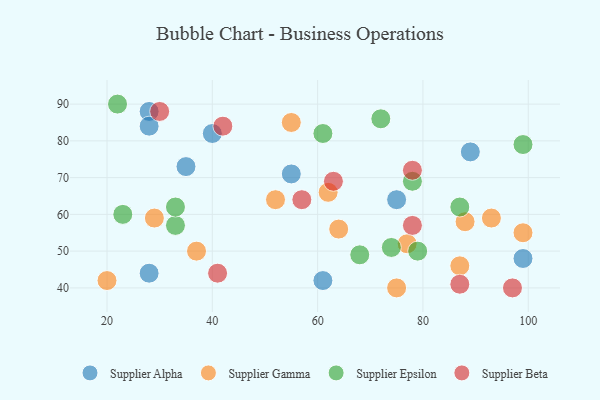
{"axis": {"x": "GDP", "y": "Life Expectancy"}, "legend": ["Supplier Alpha", "Supplier Beta", "Supplier Epsilon", "Supplier Gamma"], "data": [{"x": "99", "y": 48, "type": "Supplier Alpha"}, {"x": "61", "y": 42, "type": "Supplier Alpha"}, {"x": "28", "y": 44, "type": "Supplier Alpha"}, {"x": "89", "y": 77, "type": "Supplier Alpha"}, {"x": "35", "y": 73, "type": "Supplier Alpha"}, {"x": "40", "y": 82, "type": "Supplier Alpha"}, {"x": "75", "y": 64, "type": "Supplier Alpha"}, {"x": "55", "y": 71, "type": "Supplier Alpha"}, {"x": "28", "y": 88, "type": "Supplier Alpha"}, {"x": "28", "y": 84, "type": "Supplier Alpha"}, {"x": "62", "y": 66, "type": "Supplier Gamma"}, {"x": "29", "y": 59, "type": "Supplier Gamma"}, {"x": "99", "y": 55, "type": "Supplier Gamma"}, {"x": "88", "y": 58, "type": "Supplier Gamma"}, {"x": "75", "y": 40, "type": "Supplier Gamma"}, {"x": "37", "y": 50, "type": "Supplier Gamma"}, {"x": "77", "y": 52, "type": "Supplier Gamma"}, {"x": "55", "y": 85, "type": "Supplier Gamma"}, {"x": "93", "y": 59, "type": "Supplier Gamma"}, {"x": "87", "y": 46, "type": "Supplier Gamma"}, {"x": "20", "y": 42, "type": "Supplier Gamma"}, {"x": "64", "y": 56, "type": "Supplier Gamma"}, {"x": "52", "y": 64, "type": "Supplier Gamma"}, {"x": "72", "y": 86, "type": "Supplier Epsilon"}, {"x": "74", "y": 51, "type": "Supplier Epsilon"}, {"x": "61", "y": 82, "type": "Supplier Epsilon"}, {"x": "22", "y": 90, "type": "Supplier Epsilon"}, {"x": "33", "y": 57, "type": "Supplier Epsilon"}, {"x": "23", "y": 60, "type": "Supplier Epsilon"}, {"x": "87", "y": 62, "type": "Supplier Epsilon"}, {"x": "79", "y": 50, "type": "Supplier Epsilon"}, {"x": "99", "y": 79, "type": "Supplier Epsilon"}, {"x": "78", "y": 69, "type": "Supplier Epsilon"}, {"x": "68", "y": 49, "type": "Supplier Epsilon"}, {"x": "33", "y": 62, "type": "Supplier Epsilon"}, {"x": "42", "y": 84, "type": "Supplier Beta"}, {"x": "63", "y": 69, "type": "Supplier Beta"}, {"x": "57", "y": 64, "type": "Supplier Beta"}, {"x": "78", "y": 57, "type": "Supplier Beta"}, {"x": "97", "y": 40, "type": "Supplier Beta"}, {"x": "30", "y": 88, "type": "Supplier Beta"}, {"x": "41", "y": 44, "type": "Supplier Beta"}, {"x": "78", "y": 72, "type": "Supplier Beta"}, {"x": "87", "y": 41, "type": "Supplier Beta"}]}